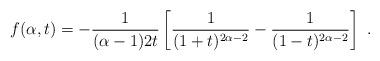
LaTeX: \begin{align*}f(\alpha,t)=-\frac{1}{(\alpha-1)2t}\left[\frac{1}{(1+t)^{2\alpha-2}}-\frac{1}{(1-t)^{2\alpha-2}}\right]\ .\end{align*}